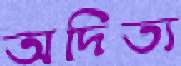
অদিত্য